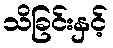
သိခြင်းနှင့်